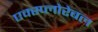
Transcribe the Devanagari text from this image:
एक्स्प्लोरेबल